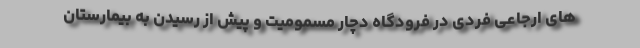
های ارجاعی فردی در فرودگاه دچار مسمومیت و پیش از رسیدن به بیمارستان